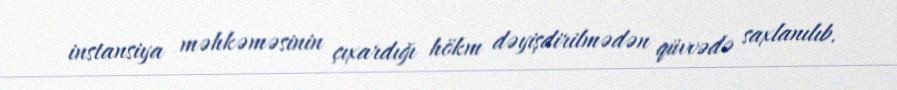
instansiya məhkəməsinin çıxardığı hökm dəyişdirilmədən qüvvədə saxlanılıb.